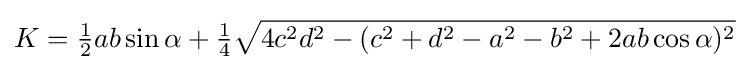
K={\tfrac {1}{2}}ab\sin {\alpha }+{\tfrac {1}{4}}{\sqrt {4c^{2}d^{2}-(c^{2}+d^{2}-a^{2}-b^{2}+2ab\cos {\alpha })^{2}}}